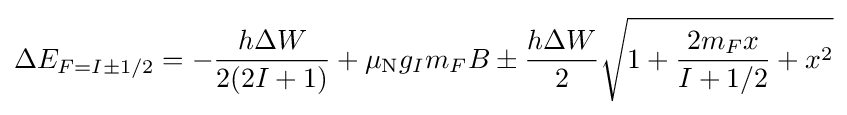
\Delta E_{F=I\pm 1/2}=-{\frac {h\Delta W}{2(2I+1)}}+\mu _{\rm {N}}g_{I}m_{F}B\pm {\frac {h\Delta W}{2}}{\sqrt {1+{\frac {2m_{F}x}{I+1/2}}+x^{2}}}